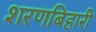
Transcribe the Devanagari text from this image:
शरणबिहारी